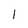
Character: 1